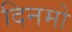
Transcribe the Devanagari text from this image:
दिनमो